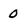
Character: 0